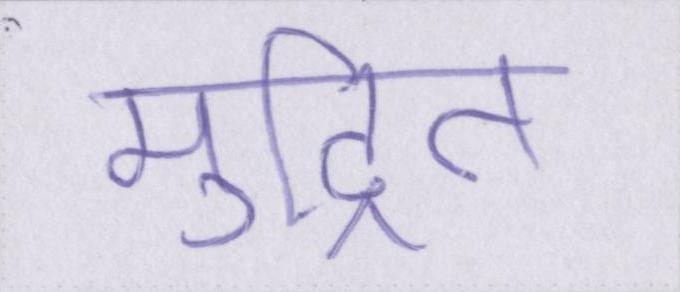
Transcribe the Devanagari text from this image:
मुद्रित